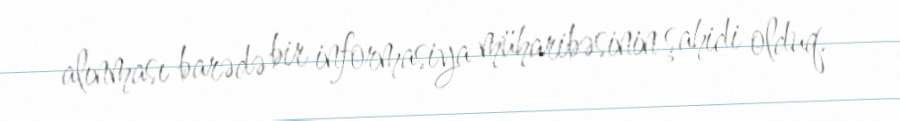
alınması barədə bir informasiya müharibəsinin şahidi olduq.